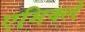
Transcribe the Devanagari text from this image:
एमिक्ले